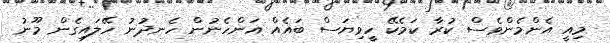
މިއީ އެންމެންވެސް ކުރާ ކަމެކޭ ހީވިޔަސް ބައެއް އަންހެނުން ހެނދުނު ހޭލައިގެން މޫނު